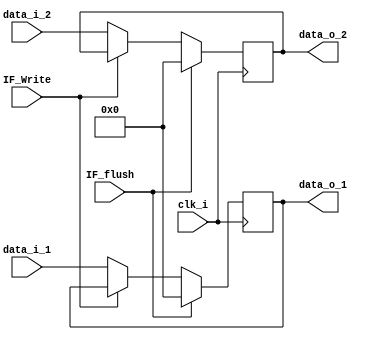
//Subject:     CO project 4 - Pipe Register
//--------------------------------------------------------------------------------
//Version:     1
//--------------------------------------------------------------------------------
//Writer:      
//----------------------------------------------
//Date:        
//----------------------------------------------
//Description: 
//--------------------------------------------------------------------------------
module Pipe_Reg(
                    clk_i,
					IF_flush,
					IF_Write,					
					data_i_1,
					data_i_2,
					data_o_1,
				   data_o_2
					
					);
					
parameter size = 32;

input                    clk_i;	 
input  IF_flush;
input  IF_Write;
input      [32-1: 0] data_i_1;
output reg [32-1: 0] data_o_1;
input      [32-1: 0] data_i_2;
output reg [32-1: 0] data_o_2;


	  
always @(posedge clk_i) begin
   if(IF_flush==1)
	begin
    data_o_1 <=0 ;
	 data_o_2 <= 0;
	 end
	 else if(IF_Write==1)
    begin
	 
    data_o_1 <= data_o_1;
	 data_o_2 <= data_o_2;	 	 
	 
	 end
	 else 
	 begin
	 data_o_1 <= data_i_1;
	 data_o_2 <= data_i_2;
	 end
end

endmodule